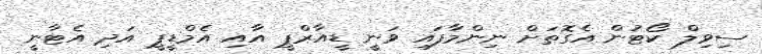
ސިވިލް ކޯޓުން އެގޮތަށް ނިންމާފައި ވަނީ ޑީއާރްޕީ އާއި އެމްޑީޕީ އަދި އެޓާނީ